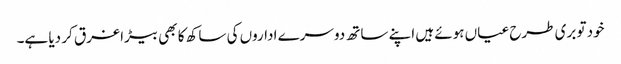
خود تو بری طرح عیاں ہوئے ہیں اپنے ساتھ دوسرے اداروں کی ساکھ کا بھی بیڑا غرق کر دیا ہے۔